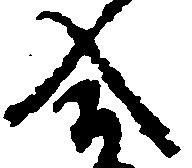
合